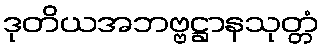
ဒုတိယအဘဗ္ဗဋ္ဌာနသုတ္တံ